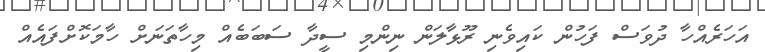
އަހަރެއްހާ ދުވަސް ފަހުން ކައިވެނި ރޫޅާލަން ނިންމި ސީދާ ސަބަބެއް މިހާތަނަށް ހާމަކޮށްފައެއް